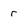
Character: r